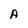
Character: A